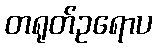
တရုတ်ဥရောပ